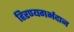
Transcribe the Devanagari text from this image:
हिरण्यगर्भदान